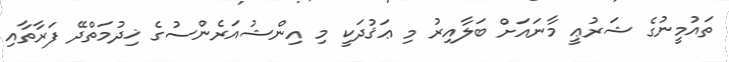
ތައުމީނުގެ ޝަރުޢީ މާނައަށް ބަލާއިރު މި ޢަޤުދަކީ މި އިންޝުއަރެންސުގެ ޚިދުމަތްދޭ ފަރާތާއި